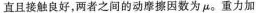
直且接触良好，两者之间的动摩擦因数为μ。重力加